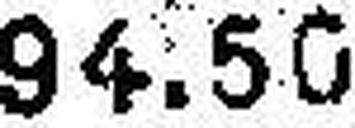
94.50